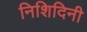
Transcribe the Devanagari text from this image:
निशिदिनी